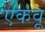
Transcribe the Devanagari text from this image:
ऐकवू